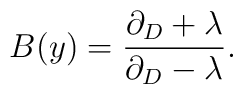
B(y)=\frac{\partial_{D}+\lambda}{\partial_{D}-\lambda}.